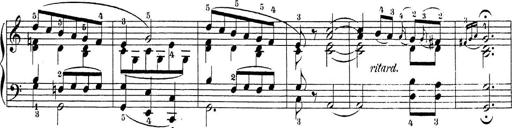
Title: Sonatina Album
Composer: Louis KÃ¶hler